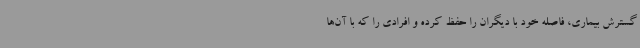
گسترش بیماری، فاصله خود با دیگران را حفظ کرده و افرادی را که با آن‌ها